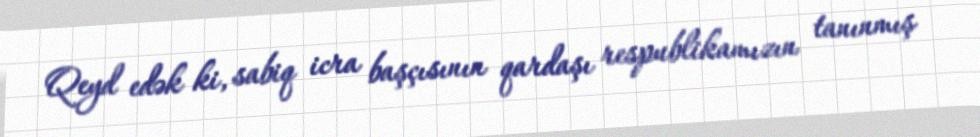
Qeyd edək ki, sabiq icra başçısının qardaşı respublikamızın tanınmış